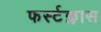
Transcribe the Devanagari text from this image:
फर्स्टक्लास